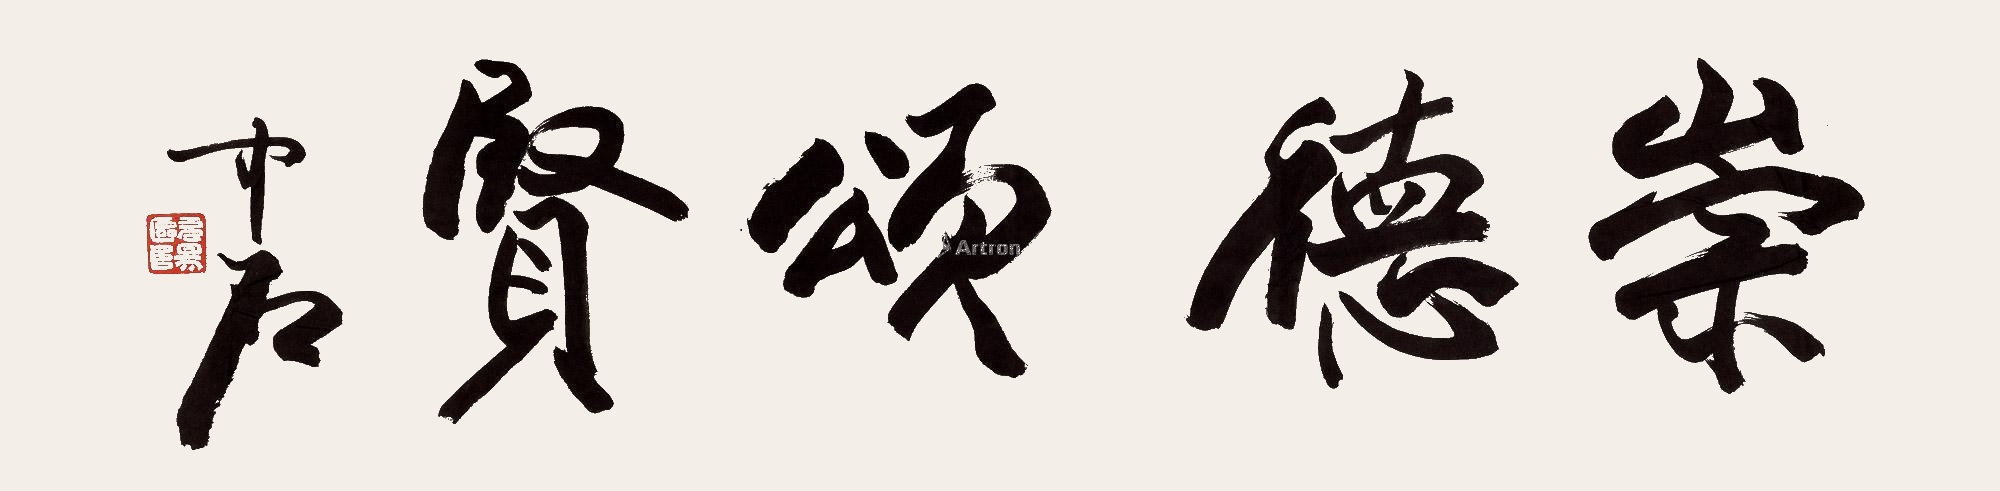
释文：崇德颂贤中石。